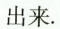
出来.